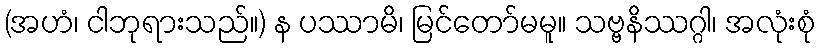
(အဟံ၊ ငါဘုရားသည်။) န ပဿာမိ၊ မြင်တော်မမူ။ သဗ္ဗနိဿဂ္ဂါ၊ အလုံးစုံ